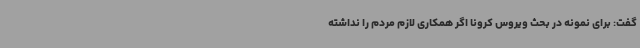
گفت: برای نمونه در بحث ویروس کرونا اگر همکاری لازم مردم را نداشته